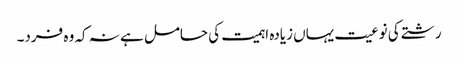
رشتے کی نوعیت یہاں زیادہ اہمیت کی حامل ہے نہ کہ وہ فرد۔